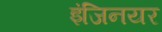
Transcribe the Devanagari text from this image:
इंजिनयर